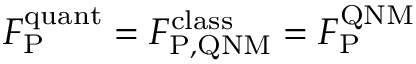
F _ { \mathrm { P } } ^ { \mathrm { q u a n t } } = F _ { \mathrm { P , Q N M } } ^ { \mathrm { c l a s s } } = F _ { \mathrm { P } } ^ { \mathrm { Q N M } }